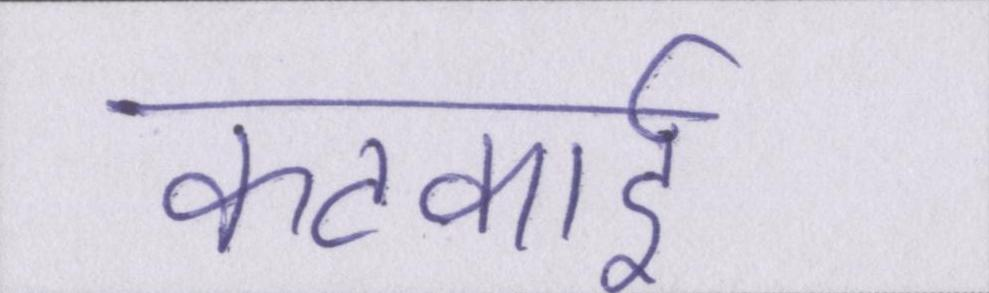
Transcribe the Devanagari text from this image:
कटकाई।